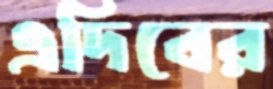
এদিবের